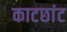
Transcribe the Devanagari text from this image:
काटछांट